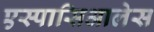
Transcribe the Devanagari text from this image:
एस्पासिआलेस